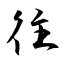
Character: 往